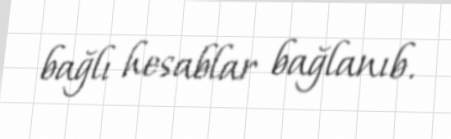
bağlı hesablar bağlanıb.